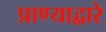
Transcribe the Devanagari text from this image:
प्राण्याद्वारे